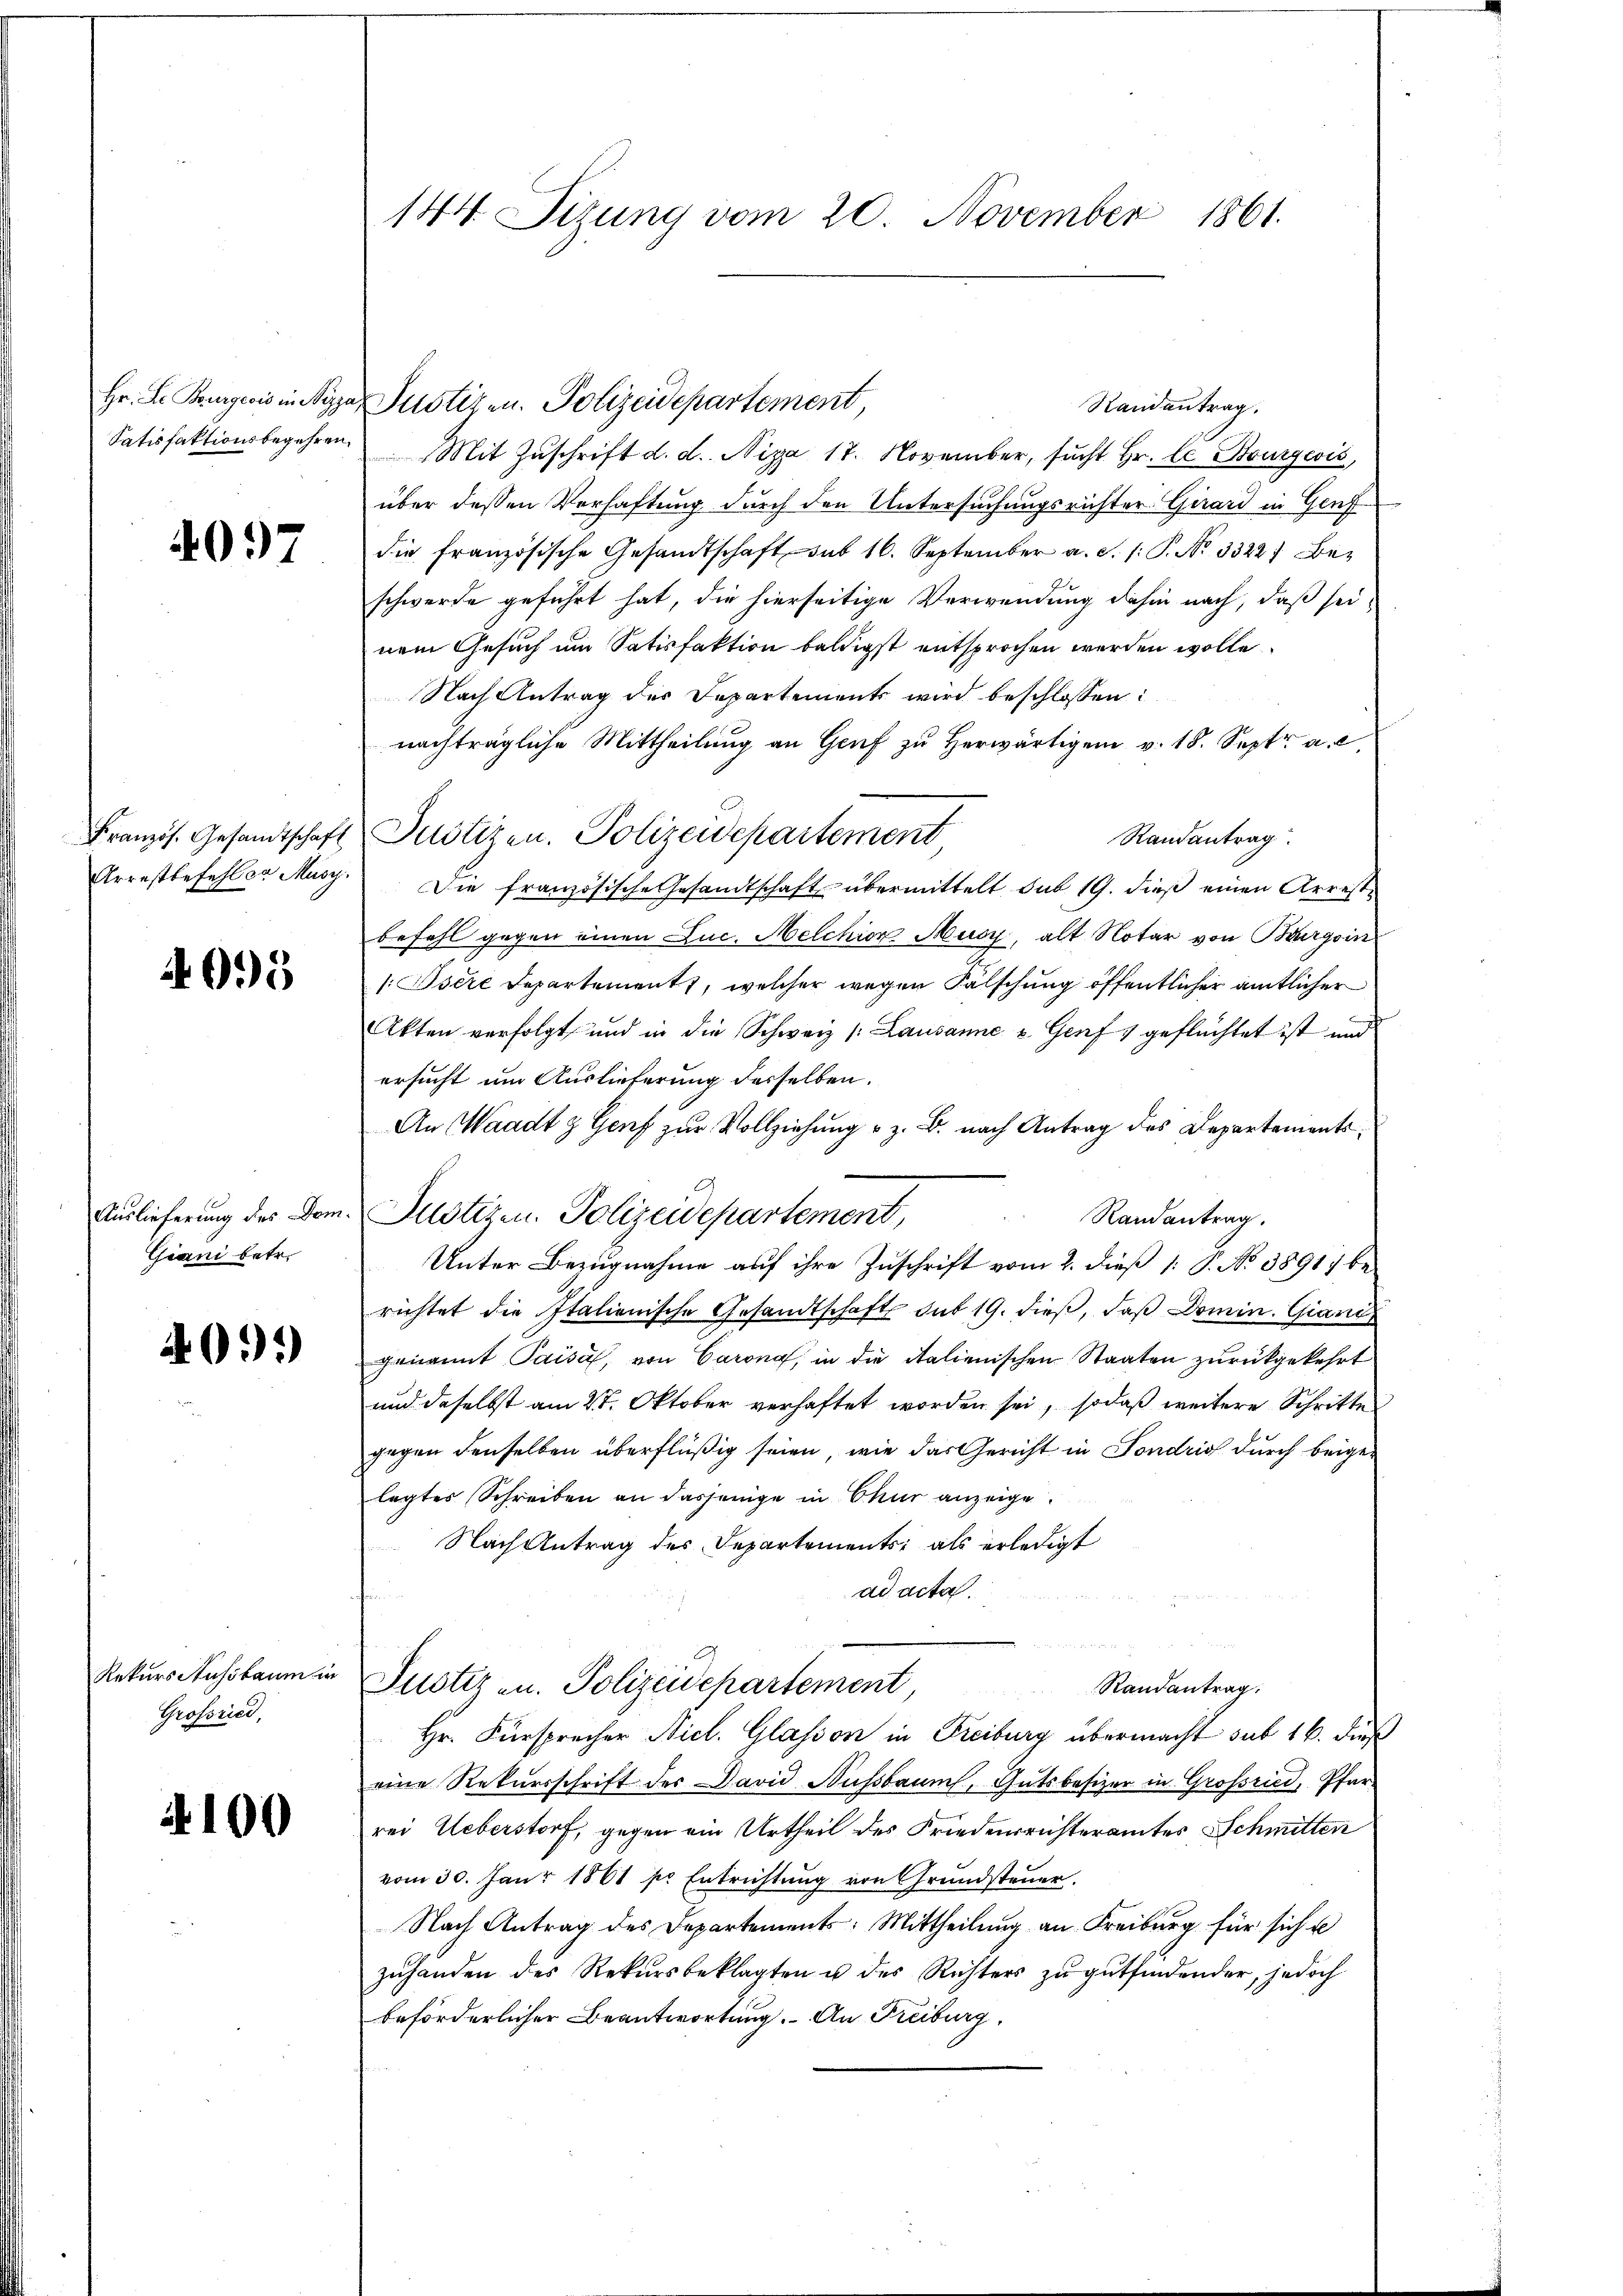
4097

4095

Giani betr.

409.

Rekurs Aussbaum in
Grossried,

4100

Hr. L. Burgeois in Nizza Justizen. Polizeidepartement,
Randantrag.
Satisfaktionsbegehren Mit Zŭschrift d. d. Niza 17. November, sŭcht Hr. Ce Bourgović,
über dessen Verhaftung durch den Untersuchungsrichter Girard in Genf
die französische Gesandtschaft sub 16. September a. S. /: P. No 33227 Bez
schwerde geführt hat, die hierseitige Verwendung dahin nach, daß seinem Gesuch um Satisfaktion baldigst entsprochen werden wolle.
Nach Antrag des Departements wird beschlossen:
nachträgliche Mittheilung an Genf zu herwärtigen v. 18. Sept. a. e
Französ. Gesandtschaft Justizen. Polizeidepartement
Randantrag
Arrestbefehler Musy. Die französische Gesandtschaft übermittelt sub 19. dieβ einen Arrestbefahl gegen einen Luc. Melchior Musy, alt Notar von Burgoin
/. Osere Departement, welcher wegen Fälschung öffentlicher amtlicher
Akten verfolgt und in die Schweiz /: Lausanne u. Genf 1 geflüchtet ist und
ersucht um Auslieferung desselben.
An Waadt & Genf zur Vollziehung u. z. B. nach Antrag des Departements
Auslieferung des Dom. Sustizen Polizeidepartement,
Randantrag.
Unter Bezugnahme auf ihre Zuschrift vom 2. dieß [: P. No 38917 berichtet die Italienische Gesandtschaft sub 19. dieß, daß Domin. Gian
genannt Paisa, von Carna, in die italienischen Staaten zurückgekehrt
und daselbst am 27. Oktober verhaftet worden sei, sodaß weitere Schritte
gegen denselben überflüßig seien, wie das Gericht in Fondrig durch beigelagtes Schreiben an dasjenige in Chur anzeige.
Nach Antrag des Departements; als erledigt
ad acta.
Randantrag.
Justiz u. Polizeidepartement
Hr. Fürsprecher Nicl. Glasson in Freiburg übermacht sub 16. Fuß
eine Rekursschrift der David Aussbaum, Gutsbesizer in Großried, Pfarrei Ueberstorf, gegen ein Urtheil des Friedensrichteramtes Schmitten
vom 30. Janr 1861 pr Entrichtung von Grundsteuer.
Nach Antrag des Departements-Mittheilung an Freiburg für sich u
zŭhanden des Rekursbeklagten u des Richters zŭ gŭtfindender, jedoch
beförderlicher Beantwortung. – An Freiburg,

144. Sizung vom 20. November 1861.